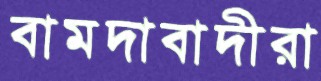
বামদাবাদীরা